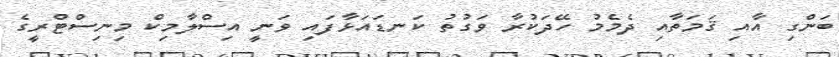
ބަންގި އާއި ޤަމަތާއި ދެމެމު ހޭދަކުރާ ވަގުތު ކަނޑައަޅާފައި ވަނީ އިސްލާމިކް މިނިސްޓްރީގެ